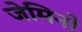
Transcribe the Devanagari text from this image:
जेमिनो